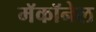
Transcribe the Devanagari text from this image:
मॅकॉनेल